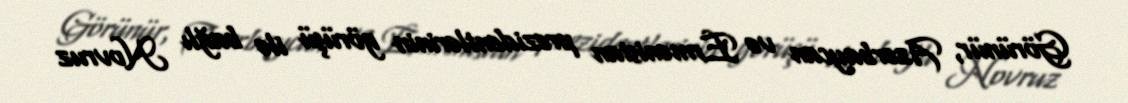
Görünür, Azərbaycan və Ermənistan prezidentlərinin görüşü ilə bağlı Novruz